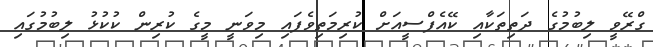
ގްރޭވީ ލިބުމުގެ ދަތިތަކާއި ކޭއެފްސީއަށް ކުރިމަތިވެފައި މިވަނީ މީގެ ކުރިން ކުކުޅު ލިބުމުގައި